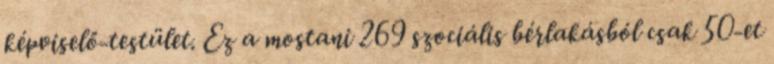
képviselő-testület. Ez a mostani 269 szociális bérlakásból csak 50-et